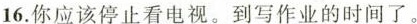
16.你应该停止看电视.到写作业的时间了。